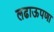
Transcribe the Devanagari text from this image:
लढाऊपणा